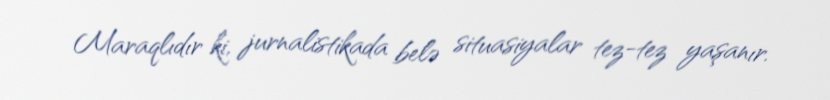
Maraqlıdır ki, jurnalistikada belə situasiyalar tez-tez yaşanır.